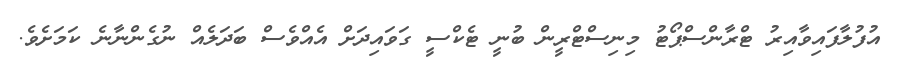
އުފުލާފައިވާއިރު ޓްރާންސްޕޯޓު މިނިސްޓްރީން ބުނީ ޓެކްސީ ގަވައިދަށް އެއްވެސް ބަދަލެއް ނުގެންނާނެ ކަމަށެވެ.